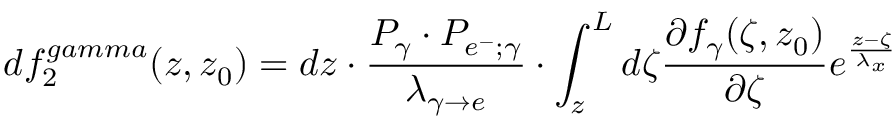
d f _ { 2 } ^ { g a m m a } ( z , z _ { 0 } ) = d z \cdot \frac { P _ { \gamma } \cdot P _ { e ^ { - } ; \gamma } } { \lambda _ { \gamma \rightarrow e } } \cdot \int _ { z } ^ { L } d \zeta \frac { \partial f _ { \gamma } ( \zeta , z _ { 0 } ) } { \partial \zeta } e ^ { \frac { z - \zeta } { \lambda _ { x } } }